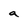
Character: a